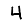
Digit: 4